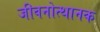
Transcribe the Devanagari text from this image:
जीवनोत्थानक